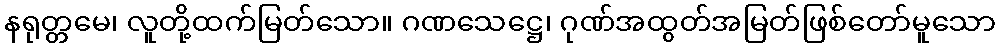
နရုတ္တမေ၊ လူတို့ထက်မြတ်သော။ ဂဏသေဋ္ဌေ၊ ဂုဏ်အထွတ်အမြတ်ဖြစ်တော်မူသော